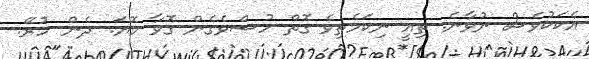
އެކަކުވެސް ނުވާނެ. ތިއީ ނިކަމެތިވެ ގޮތް ހުސްވެގެން ގޮވާ މޮޔަ. ދެން ހުރޭ.